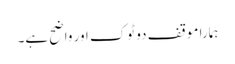
ہمارا موقف دو ٹوک اور واضح ہے۔